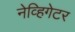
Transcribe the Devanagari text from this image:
नेव्हिगेटर